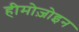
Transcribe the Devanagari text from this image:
हीमोज़ोइन